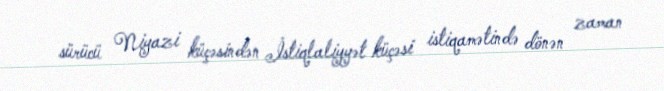
sürücü Niyazi küçəsindən İstiqlaliyyət küçəsi istiqamətində dönən zaman